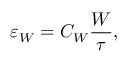
\varepsilon _ { W } = C _ { W } \frac { W } { \tau } ,